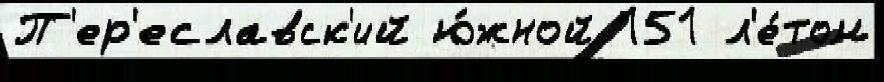
П'ер'еславск'ий ю́жной 151 л'е́том